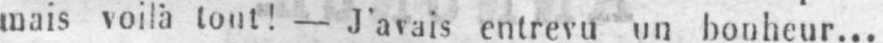
- J’avais entrevu un bonheur...